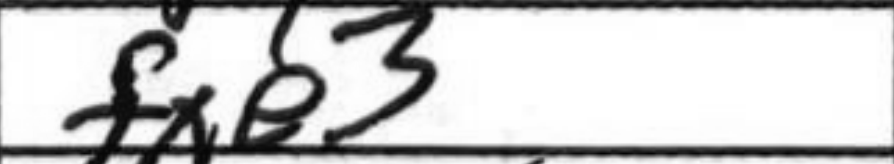
Transcription: fxe3